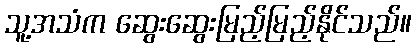
သူ့အသံက ဆွေးဆွေးမြည့်မြည့်နိုင်သည်။